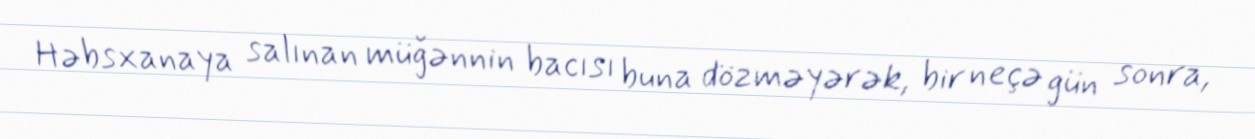
Həbsxanaya salınan müğənnin bacısı buna dözməyərək, bir neçə gün sonra,